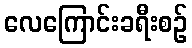
လေကြောင်းခရီးစဉ်